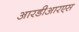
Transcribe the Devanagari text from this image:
आरडीआरएस